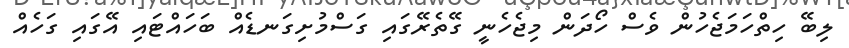
ލިބޭ ހިތްހަމަޖެހުން ވެސް ހޯދަން މިޖެހެނީ ގޭތެރޭގައި ގަސްމުށިގަނޑެއް ބަހައްޓައި އޭގައި ގަހެއް